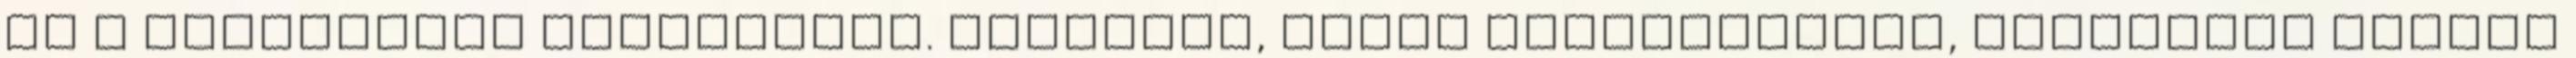
és a klasszikus eleganciát. Zártkörű, céges rendezvények, meetingek kiváló